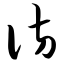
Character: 访